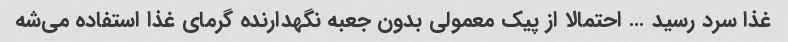
غذا سرد رسید … احتمالا از پیک معمولی بدون جعبه نگهدارنده گرمای غذا استفاده می‌شه